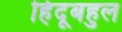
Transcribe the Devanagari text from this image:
हिंदूबहुल